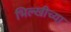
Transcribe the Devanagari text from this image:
भिल्खीच्या